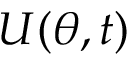
\boldsymbol U ( \boldsymbol \theta , t )